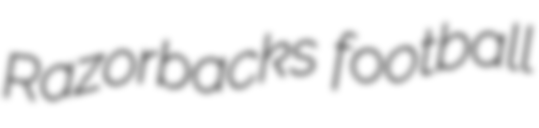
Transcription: Razorbacks football